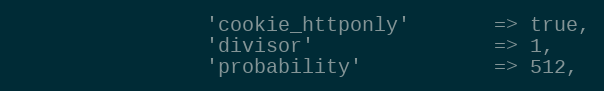
Language: PHP
				'cookie_httponly'		=> true,
				'divisor'				=> 1,
				'probability'			=> 512,